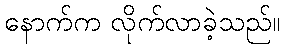
နောက်က လိုက်လာခဲ့သည်။